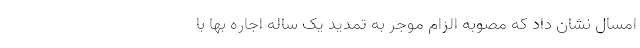
امسال نشان داد که مصوبه الزام موجر به تمدید یک ساله اجاره بها با